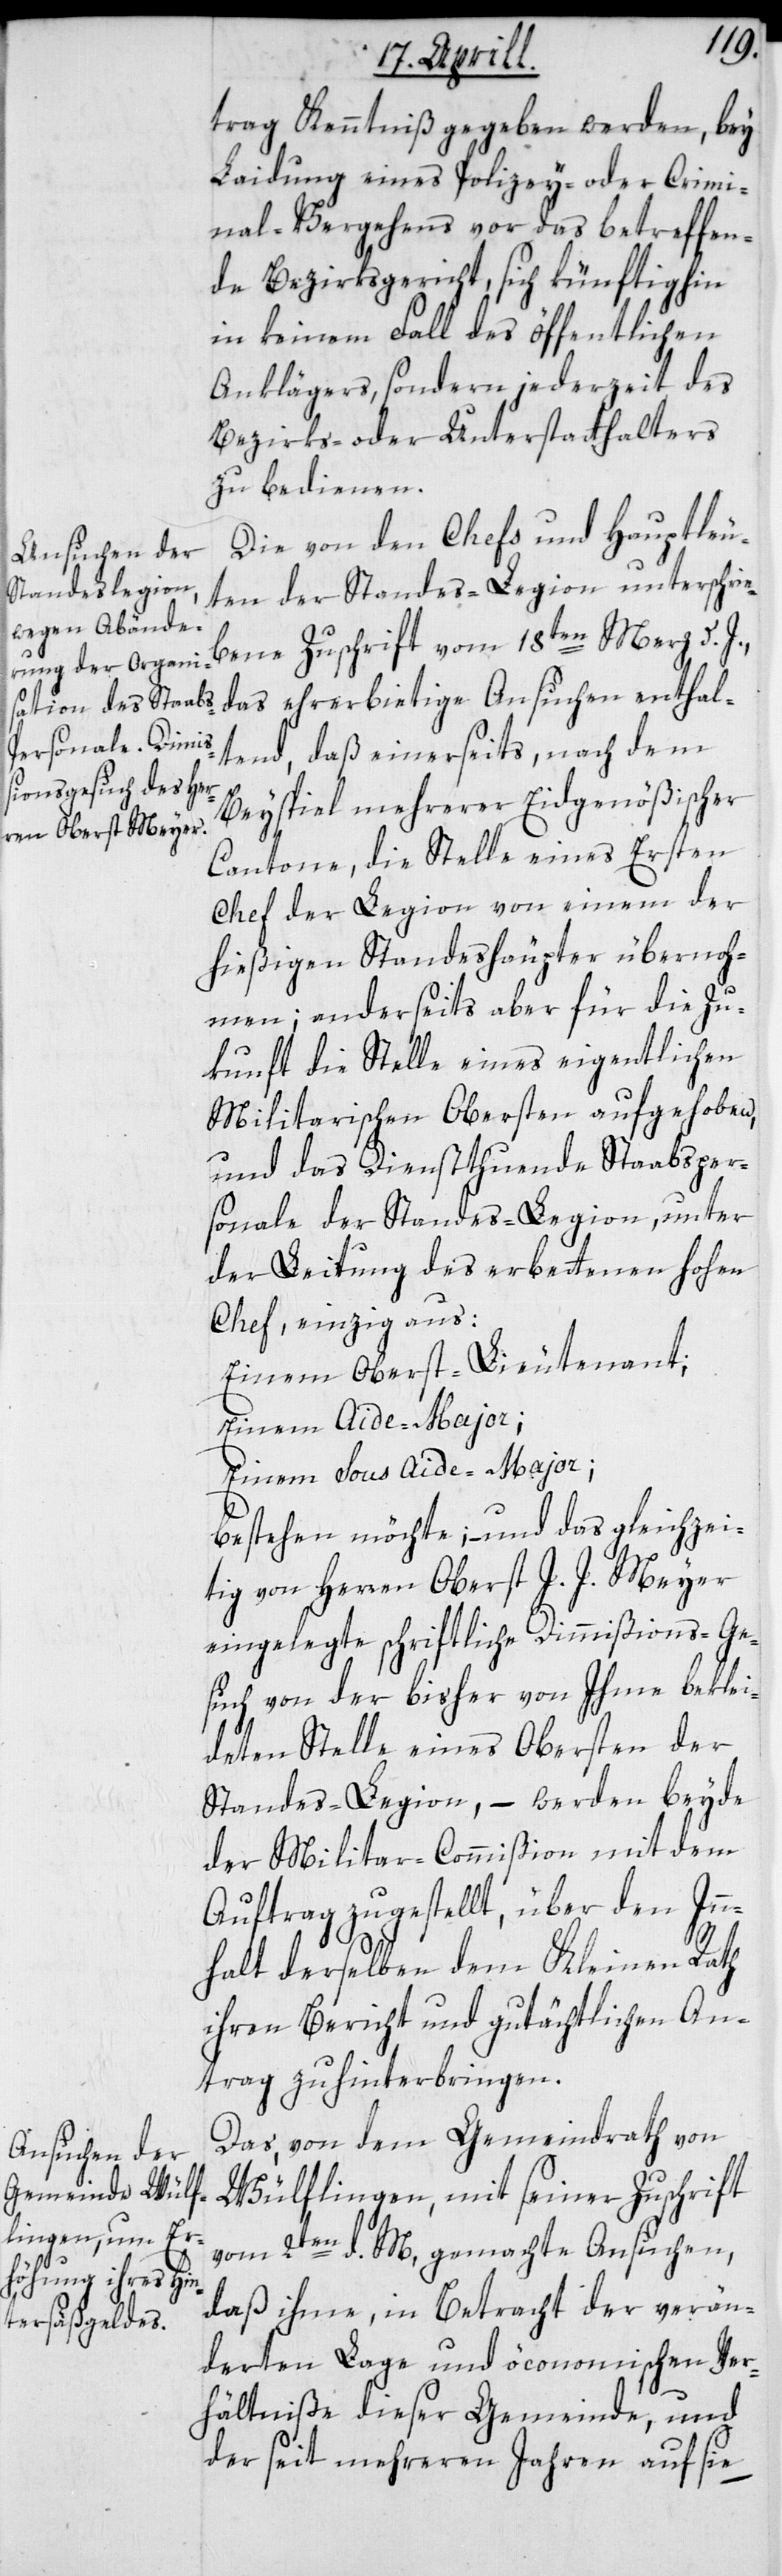
trag Kenntniß gegeben werden, bey
Laidung eines Polizey- oder Crimi¬
nal-Vergehens vor das betreffen¬
de Bezirksgericht, sich künftighin
in keinem Fall des öffentlichen
Anklägers, sondern jederzeit des
Bezirks- oder Unterstatthalter
zu bedienen.
Die von den Chefs und Hauptleu¬
ten der Standes-Legion unterschrie¬
bene Zuschrift vom 18ten Merz d. J.,
das ehrerbietige Ansuchen enthal¬
tend, daß einerseits, nach dem
Beyspiel mehrerer Eidgenößischer
Cantone, die Stelle eines Ersten
Chef der Legion von einem der
hießigen Standeshäupter übernoh¬
men; anderseits aber für die Zu¬
kunft die Stelle eines eigentlichen
Militarischen Obersten aufgehoben,
und das Dienstthuende Staabsper¬
sonale der Standes-Legion, unter
der Leitung des erbettenen hohen
Chef, einzig aus:
Einem Oberst-Lieutenant;
Einem Aide-Major;
Einem Sous Aide-Major;
bestehen möchte; – und das gleichzei¬
tig von Herren Oberst J. J. Meyer
eingelegte schriftliche Dimißions-Ge¬
such von der bisher von Ihme beklei¬
deten Stelle eines Obersten der
Standes-Legion, – werden beyde
der Militar-Commißion mit dem
Auftrag zugestellt, über den Inn¬
halt derselben dem Kleinen Rath
ihren Bericht und gutächtlichen An¬
trag zu hinterbringen.
Das von dem Gemeindrath von
Wülflingen mit seiner Zuschrift
vom 2ten d. M. gemachte Ansuchen,
daß ihme, in Betracht der verän¬
derten Lage und öconomischen Ver¬
hältniße dieser Gemeinde, und
der seit mehreren Jahren auf sie